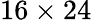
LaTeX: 16\times 24